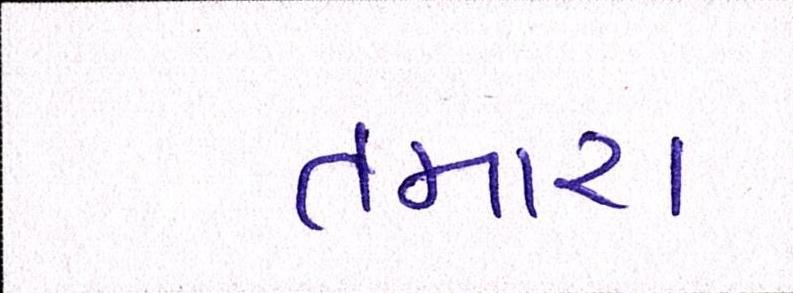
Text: તમારા